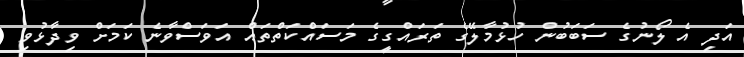
އަދި އެ ލޯނުގެ ސަބަބުން ހުޅުމާލޭގެ ތަރައްގީގެ މަސައްކަތްތައް އަވަސްވާނެ ކަމަށް ވިދާޅުވި